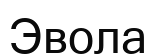
Эвола